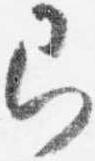
即